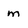
Character: m